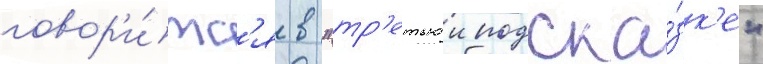
говор'и́тс'я в "тр'етьеи подска́зк'е"